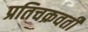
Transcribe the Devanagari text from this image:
प्रतिचक्रवर्ती